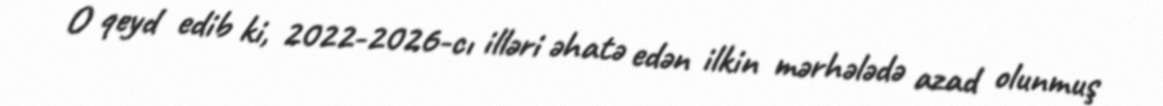
O qeyd edib ki, 2022-2026-cı illəri əhatə edən ilkin mərhələdə azad olunmuş